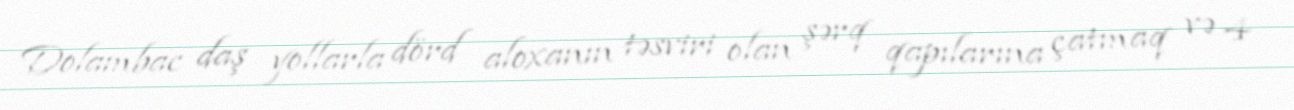
Dolambac daş yollarla dörd aloxanın təsviri olan şərq qapılarına çatmaq və 4